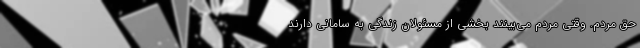
حق مردم. وقتی مردم می‌بینند بخشی از مسئولان زندگی به سامانی دارند